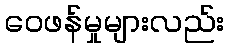
ဝေဖန်မှုများလည်း